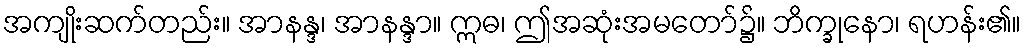
အကျိုးဆက်တည်း။ အာနန္ဒ၊ အာနန္ဒာ။ ဣဓ၊ ဤအဆုံးအမတော်၌။ ဘိက္ခုနော၊ ရဟန်း၏။